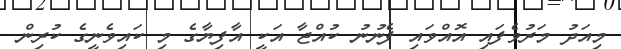
މިއަދު މަރުވެފައި އޮއްވައި ފެނުނު ކުއްޖާ އަކީ އާފިޔާގެ މި ކައިވެނީގެ ކުރިން